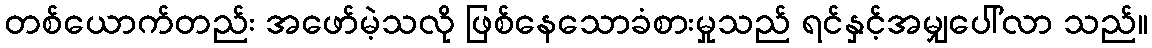
တစ်ယောက်တည်း အဖော်မဲ့သလို ဖြစ်နေသောခံစားမှုသည် ရင်နှင့်အမျှပေါ်လာ သည်။